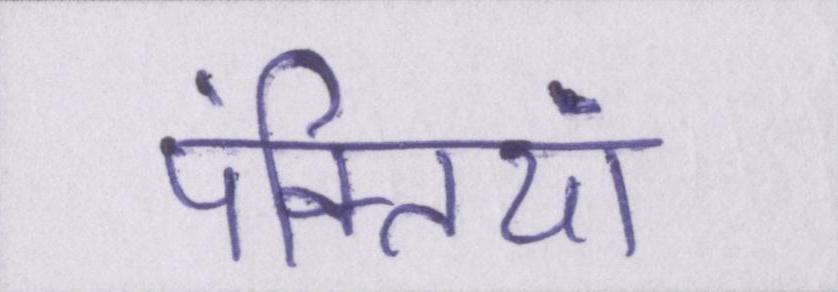
पंक्तियां